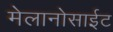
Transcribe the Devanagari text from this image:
मेलानोसाईट